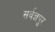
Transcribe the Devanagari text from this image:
सर्वज्ञपुर